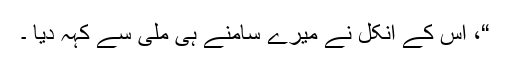
“، اس کے انکل نے میرے سامنے ہی ملی سے کہہ دیا ۔